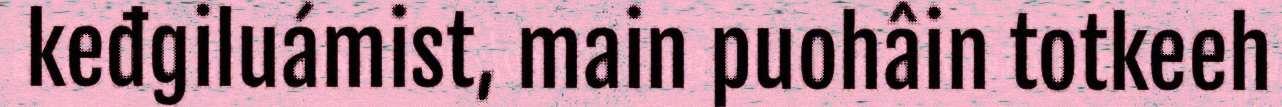
keđgiluámist, main puohâin totkeeh